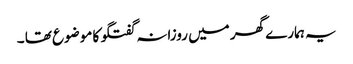
یہ ہمارے گھر میں روزانہ گفتگو کا موضوع تھا ۔